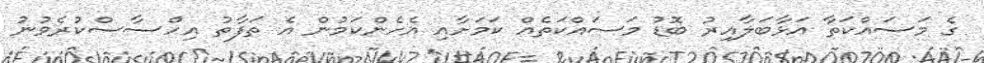
ގެ މަސައްކަތާ އަޅާބަލާއިރު ބޮޑު މަސައްކަތެއް ކަމަށާއި އެހެންކަމުން އެ ތަފާތު އިހްސާސްކުރެވުނު